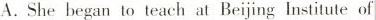
A. She began to teach at Beijing Institute of